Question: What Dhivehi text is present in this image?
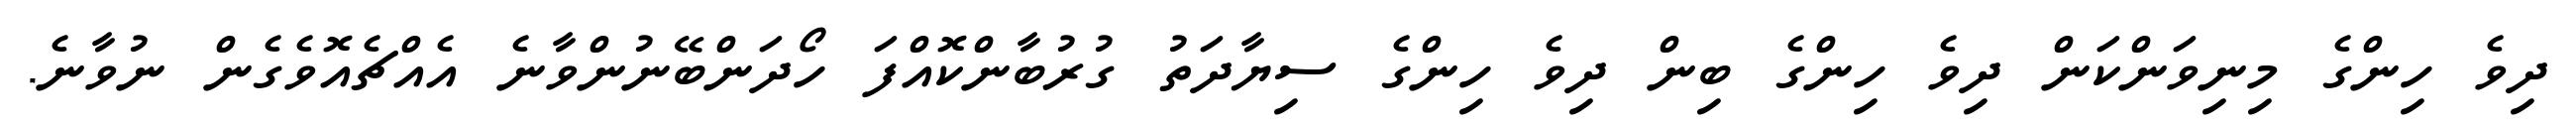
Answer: ދިވެ ހިންގެ މިނިވަންކަން ދިވެ ހިންގެ ބިން ދިވެ ހިންގެ ސިޔާދަތު ގުރުބާންކޮއްފަ ހޯދަންބޭނުންވާނެ އެއްޗެއޮވެގެން ނުވާނެ.